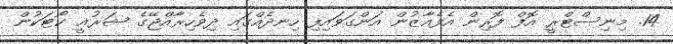
14. މިނިސްޓްރީ އޮފް ފޮރިން އެފެއާޒުން އަންގަވައިފި ހިނދެއްގައި ދިވެހިރާއްޖޭގެ ޝަރުޢީ ކޯޓަކުން